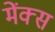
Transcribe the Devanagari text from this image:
मेंक्स